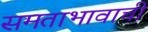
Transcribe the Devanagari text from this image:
समताभावाची